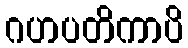
ဂဟပတိကာပိ